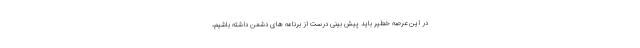
در این عرصه خطیر باید پیش بینی درست از برنامه های دشمن داشته باشیم،